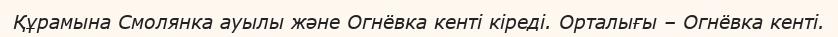
Құрамына Смолянка ауылы және Огнёвка кенті кіреді. Орталығы – Огнёвка кенті.